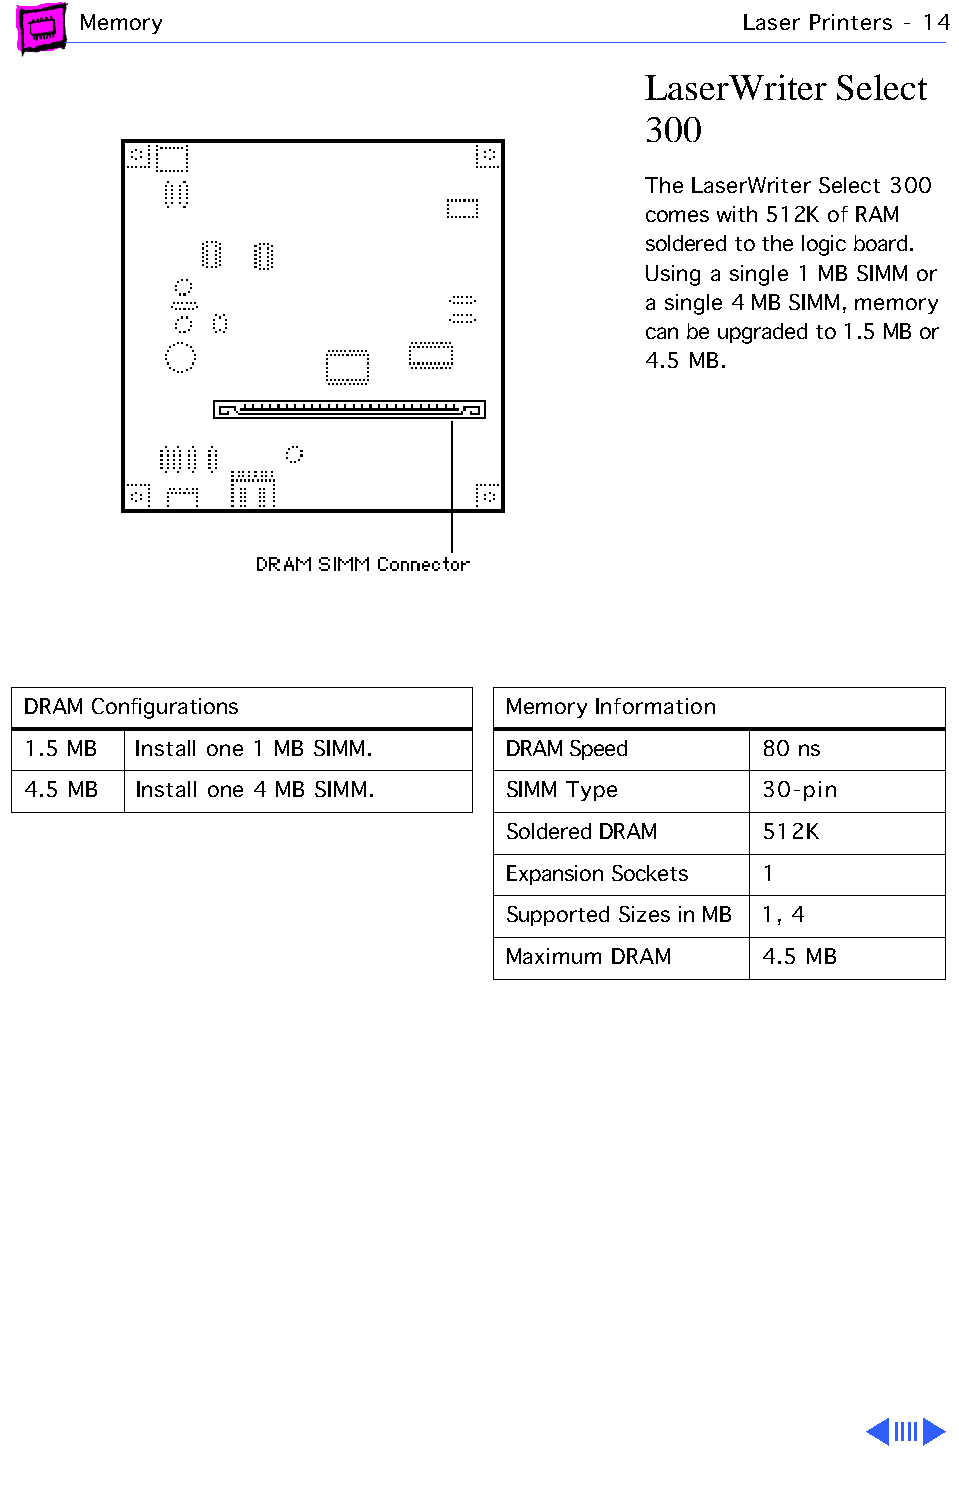
Memory                                      Laser Printers - 14
 LaserWriter  Select
 300
 The LaserWriter Select 300
 comes with 512K of RAM
 soldered to the logic board.
 Using a single 1 MB SIMM or
 a single 4 MB SIMM, memory
 can be upgraded to 1.5 MB or
 4.5 MB.
 DRAM Configurations             Memory Information
 1.5 MB  Install one 1 MB SIMM.  DRAM Speed       80 ns
 4.5 MB  Install one 4 MB SIMM.  SIMM Type        30-pin
 Soldered DRAM    512K
 Expansion Sockets 1
 Supported Sizes in MB 1, 4
 Maximum DRAM     4.5 MB